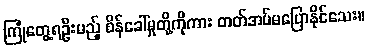
ကြုံတွေ့ရဦးမည့် စိန်ခေါ်မှုတို့ကိုကား တတ်အပ်မပြောနိုင်သေး။